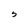
Character: 5